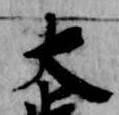
大